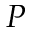
{ \cal P }